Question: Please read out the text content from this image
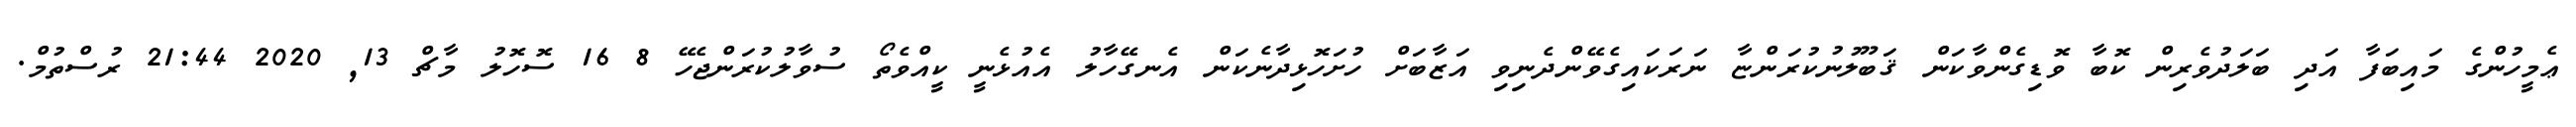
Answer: ޢެމީހުންގެ މައިބަފާ އަދި ބަލަދުވެރިން ކޮބާ ވޮޑިގެންވާކަން ޤަބޫލުނުކުރަންޏާ ނަރަކައިގެވޭންދެނިވި އަޒާބަށް ހުށަހޮޅިދާނެކަން އެނގޭހާލު އެއުޅެނީ ކީއްވެތޯ ސުވާލުކުރަންޖެހޭ 8 16 ސޮހޮލު މާޗް 13, 2020 21:44 ރުސްތުމް.